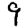
Digit: 9